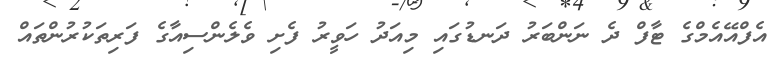
އެފްއޭއެމްގެ ޓާފް ދެ ނަންބަރު ދަނޑުގައި މިއަދު ހަވީރު ފެށި ވެލެންސިއާގެ ފަރިތަކުރުންތައް